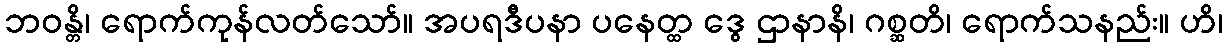
ဘဝန္တိ၊ ရောက်ကုန်လတ်သော်။ အပရဒီပနာ ပနေတ္ထ ဒွေ ဌာနာနိ၊ ဂစ္ဆတိ၊ ရောက်သနည်း။ ဟိ၊